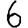
Digit: 6